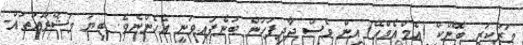
މަރުކަޒީ ބޭންކް (އެމްއެމްއޭ) އިން ވެސް ދާދިފަހުން ބުނެފައިވަނީ އެހެންނެވެ. ބިޔަ މަޝްރޫއުތައް-